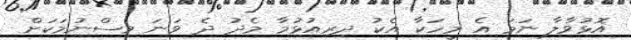
އޮޅުވާލާ ނަމަ އެ މީހަކާ އެކު ދިރިއުޅުމާ މެދު ދެ ވަނަ ވިސްނުމަކަށް